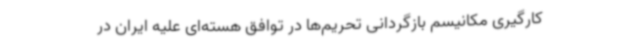
کارگیری مکانیسم بازگردانی تحریم‌ها در توافق هسته‌ای علیه ایران در